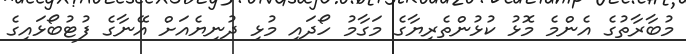
މުބާރާތުގެ އެންމެ މޮޅު ކުޅުންތެރިޔާގެ މަގާމު ހޯދައި މުޅި ދުނިޔެއަށް އޭނާގެ ފުޓުބޯޅައިގެ